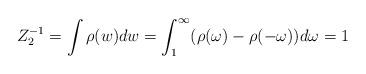
LaTeX: \begin{align*}Z_{2}^{-1}=\int \rho (w)dw=\int_{1}^{\infty }(\rho (\omega )-\rho (-\omega))d\omega =1\end{align*}